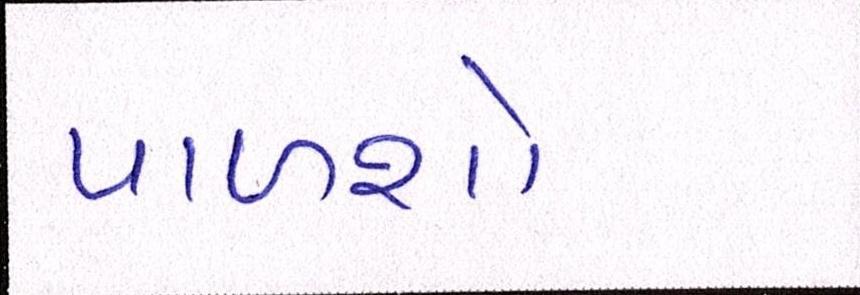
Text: પાળશો